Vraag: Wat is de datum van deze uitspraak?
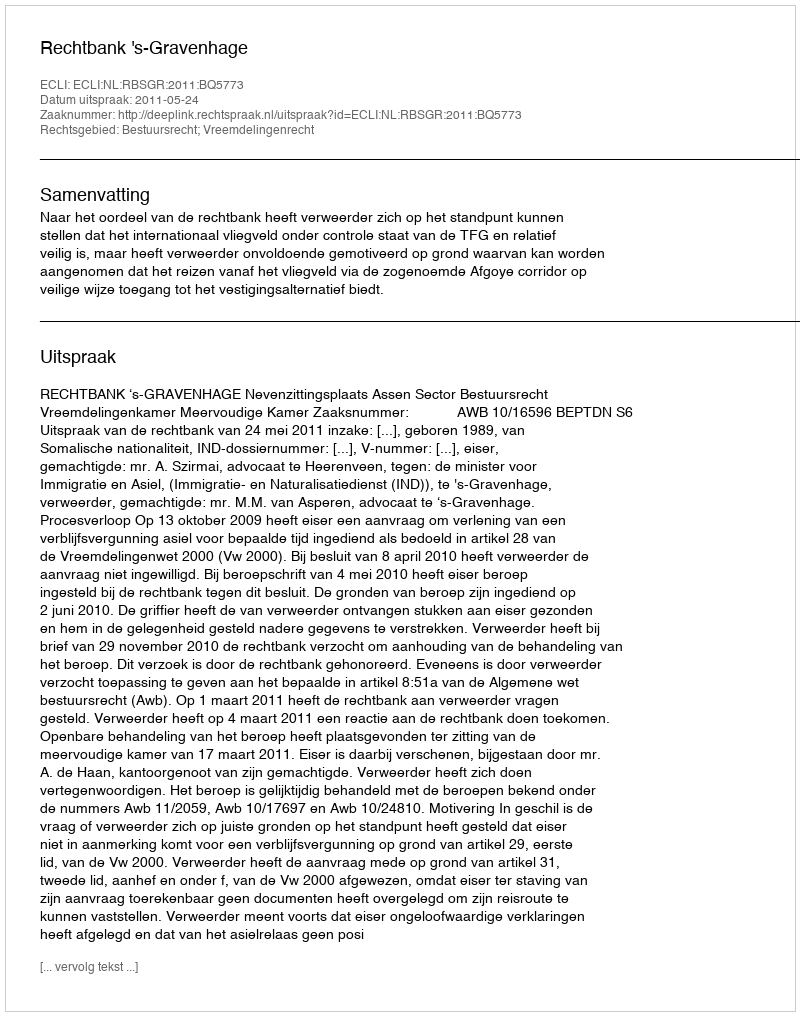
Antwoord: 2011-05-24